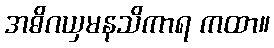
အဓိဂယှမနသိကာရ ကထာ။